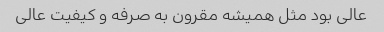
عالی بود مثل همیشه مقرون به صرفه و کیفیت عالی